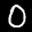
Label: 0